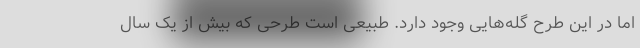
اما در این طرح گله‌هایی وجود دارد. طبیعی است طرحی که بیش از یک سال